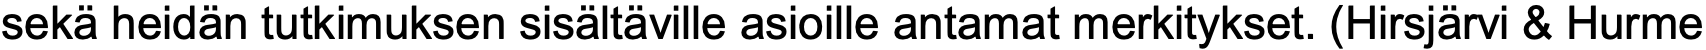
sekä heidän tutkimuksen sisältäville asioille antamat merkitykset. (Hirsjärvi & Hurme